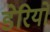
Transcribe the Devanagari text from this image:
डेरियों